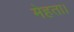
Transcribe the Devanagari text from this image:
मेहता।